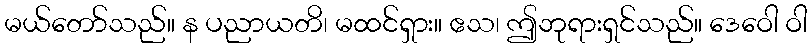
မယ်တော်သည်။ န ပညာယတိ၊ မထင်ရှား။ ဧသ၊ ဤဘုရားရှင်သည်။ ဒေဝေါ ဝါ